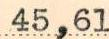
45,61